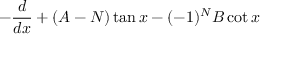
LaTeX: - \frac { d } { d x } + ( A - N ) \tan x - ( - 1 ) ^ { N } B \cot x